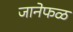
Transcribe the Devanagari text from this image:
जानेफळ